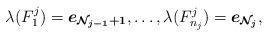
LaTeX: \begin{align*} \lambda(F_1^j)=\boldsymbol{e_{\mathcal{N}_{j-1}+1}}, & \dots, \lambda(F_{n_j}^j)=\boldsymbol{e_{\mathcal{N}_j}},\end{align*}